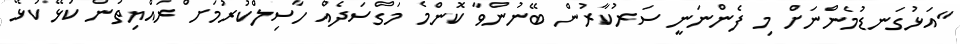
"އަޅުގަނޑުމެންނަށް މި ފެންނަނީ ސަރުކާރުން ބޭނުންވާ ކޮންމެ މަގްސަދެއް ހާސިލްކުރުމަށް ރައްޔިތުން ކުޅޭކުޅޭ